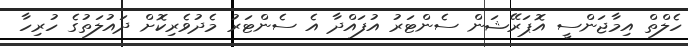
ހެލްތް އިމާޖަންސީ އޮޕަރޭޝަން ސެންޓަރު އުފައްދާ އެ ސެންޓަރު މެދުވެރިކޮށް ދައުލަތުގެ ހުރިހާ